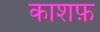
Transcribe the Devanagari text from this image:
काशफ़